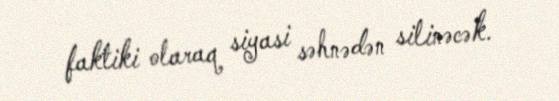
faktiki olaraq siyasi səhnədən silinəcək.